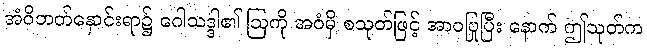
အံဝိဘတ်နှောင်းရာ၌ ဂေါသဒ္ဒါ၏ ဩကို အဝံမှိ စသုတ်ဖြင့် အာဝပြုပြီး နောက် ဤသုတ်က